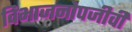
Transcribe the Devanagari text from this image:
विभाजनोपजीवी